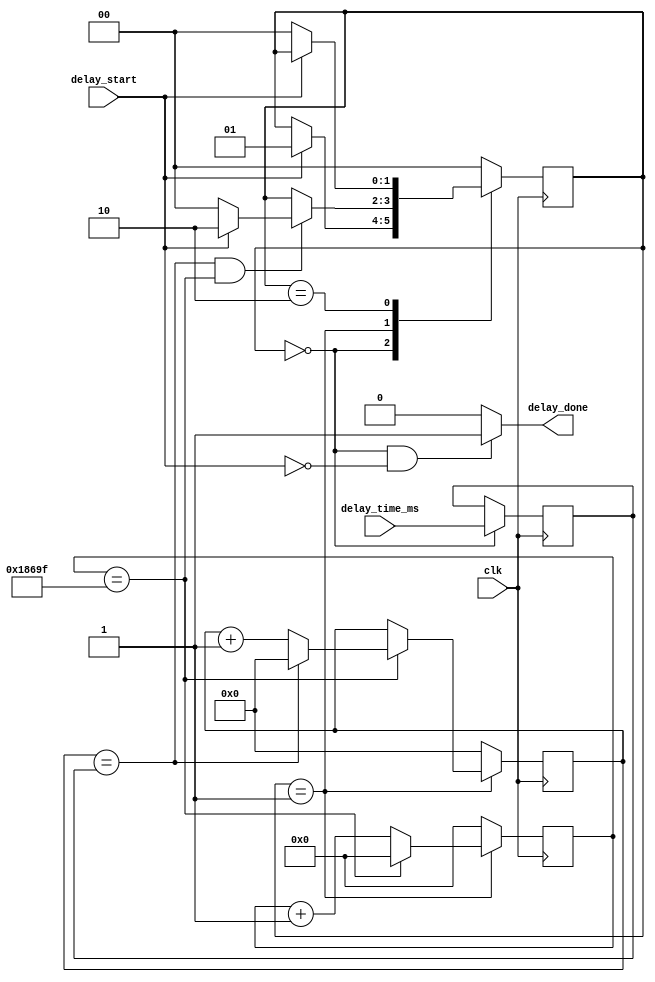
`timescale 1ns / 1ps
//////////////////////////////////////////////////////////////////////////////////
// Company: DigilentInc
// 
// Module Name: Delay
// Project Name: OLED Demo
// Target Devices: Nexys Video
// Description: Handles N-millisecond delays. On start flag, assert done after delay_time_ms milliseconds.
// 
// Revision:
// Revision 0.01 - File Created
// Additional Comments:
// 
//////////////////////////////////////////////////////////////////////////////////


module delay_ms (
    input wire        clk,
    input wire [11:0] delay_time_ms,
    input wire        delay_start,
    output wire       delay_done
);
    localparam  Idle = 0, // state codes
                Hold = 1,
                Done = 2;
    localparam  MAX = 17'd99999; // count maximum for delay, assuming 100MHz clock signal.
    reg  [1:0] state = Idle;
    reg [11:0] stop_time   = 0,
			   ms_counter  = 0;
    reg [16:0] clk_counter = 0;
    
    assign delay_done = (state == Idle && delay_start == 1'b0) ? 1'b1 : 1'b0; // Tell master if ready to use / done with last delay command.
    
    always@(posedge clk)
        case (state)
        Idle: begin
            stop_time <= delay_time_ms; // Latch input to protect against changes during Hold state.
            if (delay_start == 1'b1)
                state <= Hold;
        end
        Hold: begin
            if (ms_counter == stop_time && clk_counter == MAX) // After stop_time milliseconds, delay is complete.
                if (delay_start == 1'b1)
                    state <= Done;
                else
                    state <= Idle;
		end
        Done: begin
            if (delay_start == 1'b0) // Protect state machine against long start pulses.
                state <= Idle;
		end
		default: state <= Idle;
        endcase
        
    always@(posedge clk)
        if (state == Hold)
            if (clk_counter == MAX) begin // Cycle counter has hit maximum, roll it over, increment milli counter, resetting if delay is done.
                clk_counter <= 'b0;
                if (ms_counter == stop_time)
                    ms_counter <= 'b0;
                else
                    ms_counter <= ms_counter + 1'b1;
            end
            else
                clk_counter <= clk_counter + 1'b1;
        else begin
            clk_counter <= 'b0; // maintain zero if delay is Done or Idle.
            ms_counter <= 'b0;
        end
endmodule